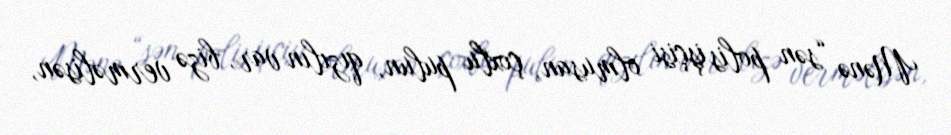
Mənə “sən polis işçisi olmusan, çoxlu pulun, qızılın var, bizə verməlisən,